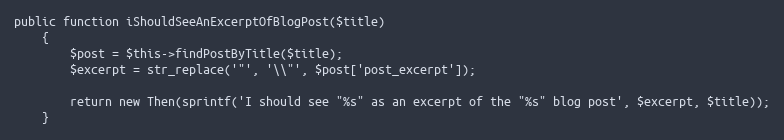
Language: PHP
public function iShouldSeeAnExcerptOfBlogPost($title)
    {
        $post = $this->findPostByTitle($title);
        $excerpt = str_replace('"', '\\"', $post['post_excerpt']);

        return new Then(sprintf('I should see "%s" as an excerpt of the "%s" blog post', $excerpt, $title));
    }